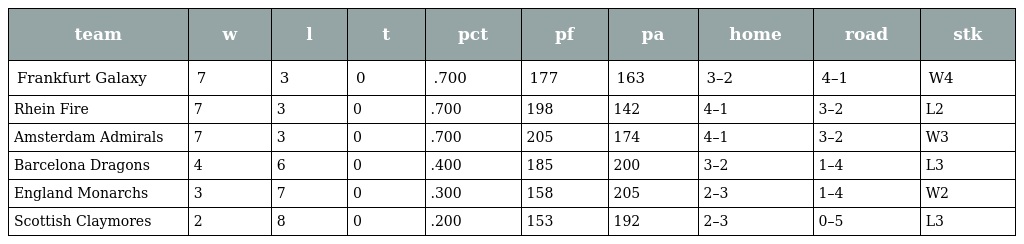
| team | w | l | t | pct | pf | pa | home | road | stk |
 | --- | --- | --- | --- | --- | --- | --- | --- | --- | --- |
 | Frankfurt Galaxy | 7 | 3 | 0 | .700 | 177 | 163 | 3–2 | 4–1 | W4 |
 | Rhein Fire | 7 | 3 | 0 | .700 | 198 | 142 | 4–1 | 3–2 | L2 |
 | Amsterdam Admirals | 7 | 3 | 0 | .700 | 205 | 174 | 4–1 | 3–2 | W3 |
 | Barcelona Dragons | 4 | 6 | 0 | .400 | 185 | 200 | 3–2 | 1–4 | L3 |
 | England Monarchs | 3 | 7 | 0 | .300 | 158 | 205 | 2–3 | 1–4 | W2 |
 | Scottish Claymores | 2 | 8 | 0 | .200 | 153 | 192 | 2–3 | 0–5 | L3 |